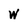
Character: w